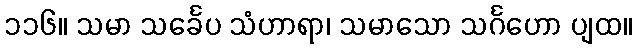
၁၁၆။ သမာ သင်္ခေပ သံဟာရာ၊ သမာသော သင်္ဂဟော ပျထ။